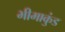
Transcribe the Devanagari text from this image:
भीमाकुंड